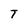
Character: T